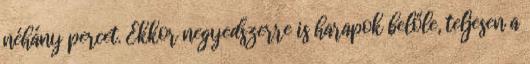
néhány percet. Ekkor negyedszerre is harapok belőle, teljesen a